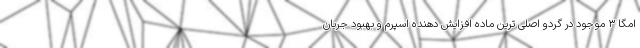
امگا ۳ موجود در گردو اصلی ترین ماده افزایش دهنده اسپرم و بهبود جریان